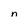
Character: n